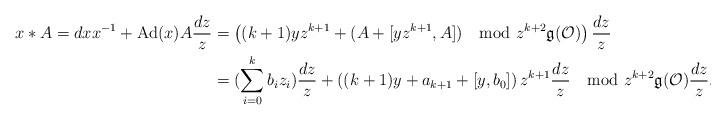
LaTeX: \begin{align*}x \ast A=dx x^{-1}+{\rm Ad}(x)A\frac{dz}{z}&=\left((k+1)yz^{k+1}+ (A+[yz^{k+1},A])\mod z^{k+2} \mathfrak{g}(\mathcal{O})\right)\frac{dz}{z}\\&=(\sum_{i=0}^k b_i z_i) \frac{dz}{z}+ \left( (k+1)y+a_{k+1}+[y,b_0] \right) z^{k+1} \frac{dz}{z} \mod z^{k+2} \mathfrak{g}(\mathcal{O})\frac{dz}{z}.\end{align*}